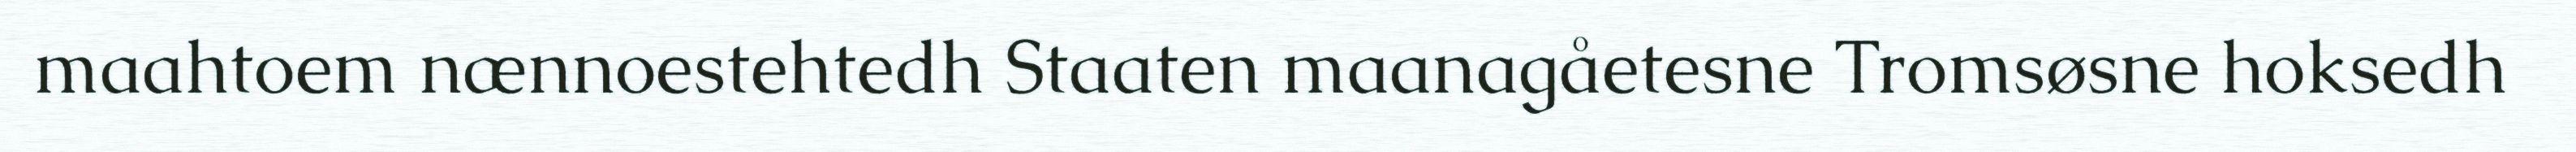
maahtoem nænnoestehtedh Staaten maanagåetesne Tromsøsne hoksedh